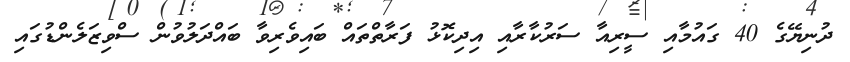
ދުނިޔޭގެ 40 ގައުމާއި ސީރިއާ ސަރުކާރާއި އިދިކޮޅު ފަރާތްތައް ބައިވެރިވާ ބައްދަލުވުން ސްވިޒަލެންޑުގައި